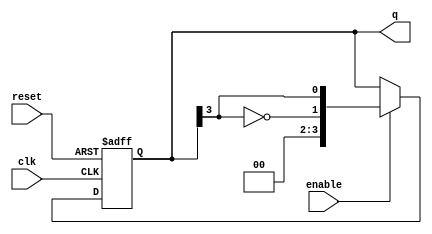
module johnson_counter (
    input wire clk,          // Clock input
    input wire reset,        // Asynchronous reset
    input wire enable,       // Enable signal
    output reg [n-1:0] q     // Counter output (n flip-flops)
);
    parameter n = 4;         // Number of flip-flops (adjust as needed)

    // Always block for synchronous operation
    always @(posedge clk or posedge reset) begin
        if (reset) begin
            q <= 0;          // Reset counter to 0
        end else if (enable) begin
            // Johnson counter logic
            q <= {~q[n-1], q[n-1:n-1]}; // Shift and feedback inverted last bit
        end
        // If enable is low, retain the current state
    end
endmodule